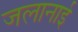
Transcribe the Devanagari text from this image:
जलानाई